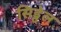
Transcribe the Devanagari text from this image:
सिड्वेल